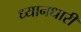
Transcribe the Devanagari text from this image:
ध्यानधारी